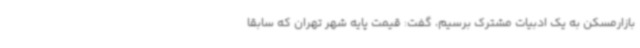
بازارمسکن به یک ادبیات مشترک برسیم، گفت: قیمت پایه شهر تهران که سابقا